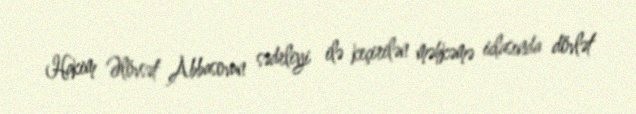
Hakim Əlövsət Abbasovun sədrliyi ilə keçirilən məhkəmə iclasında dövlət